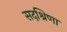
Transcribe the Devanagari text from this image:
सदश्रिणा